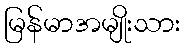
မြန်မာအမျိုးသား